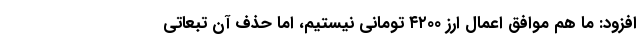
افزود: ما هم موافق اعمال ارز ۴۲۰۰ تومانی نیستیم، اما حذف آن تبعاتی